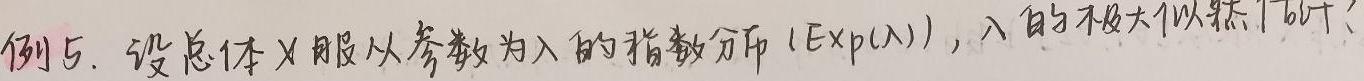
例5. 设总体$X$服从参数为$\lambda$的指数分布（$\mathrm{Exp}(\lambda)$），$\lambda$的极大似然估计？